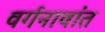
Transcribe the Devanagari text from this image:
वर्गनावांत